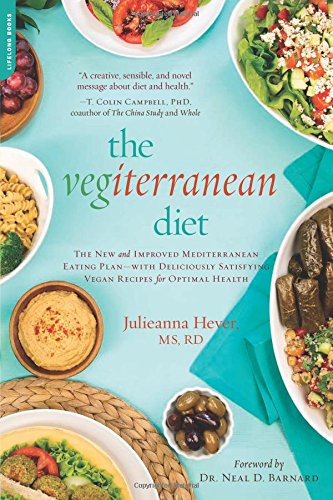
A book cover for The Vegiterranean Diet: The New and Improved Mediterranean Eating Plan--with Deliciously Satisfying Vegan Recipes for Optimal Health; Julieanna Hever; Cookbooks, Food & Wine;